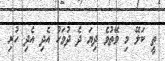
ތީ ކަލޭ މި ވޭތުވެ ދިޔަ ދެ ދުވަހު އެދި އެދި ހުރި